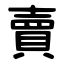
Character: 賣